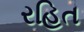
રહિત